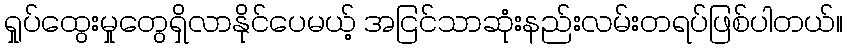
ရှုပ်ထွေးမှုတွေရှိလာနိုင်ပေမယ့် အငြင်သာဆုံးနည်းလမ်းတရပ်ဖြစ်ပါတယ်။